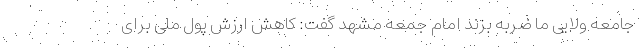
جامعه ولایی ما ضربه بزند امام جمعه مشهد گفت: کاهش ارزش پول ملی برای